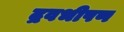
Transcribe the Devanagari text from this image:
द्रवभीषण